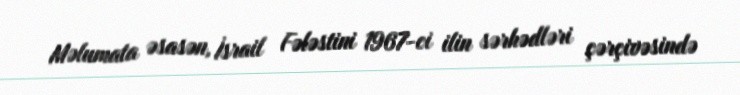
Məlumata əsasən, İsrail Fələstini 1967-ci ilin sərhədləri çərçivəsində